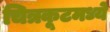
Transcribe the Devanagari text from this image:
चित्रकूटमध्ये